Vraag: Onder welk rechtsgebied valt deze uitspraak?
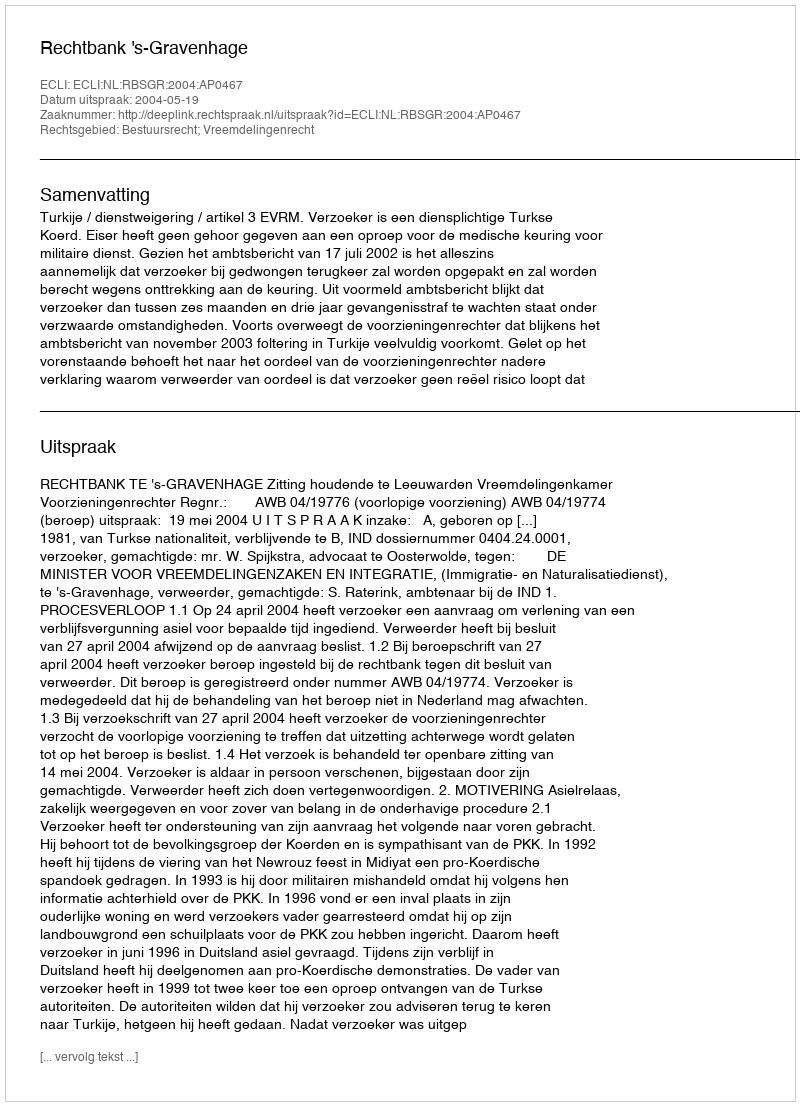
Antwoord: Bestuursrecht; Vreemdelingenrecht